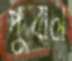
পুবাল